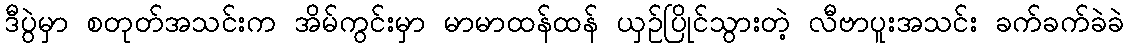
ဒီပွဲမှာ စတုတ်အသင်းက အိမ်ကွင်းမှာ မာမာထန်ထန် ယှဉ်ပြိုင်သွားတဲ့ လီဗာပူးအသင်း ခက်ခက်ခဲခဲ